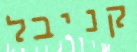
קניבל